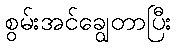
စွမ်းအင်ချွေတာပြီး